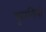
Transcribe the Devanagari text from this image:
फुनगियाँ